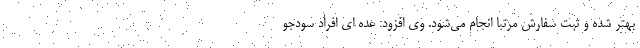
بهتر شده و ثبت سفارش مرتبا انجام می‌شود. وی افزود: عده ای افراد سودجو